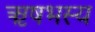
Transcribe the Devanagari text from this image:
ऋषभस्य